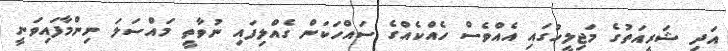
އަދި ޝަރީއަތުގެ މަޖިލީހުގައި އެއްވެސް ހެއްކެއްގެ ސައްހަކަން ގެއްލިފައި ނުވާތީ މައްސަލަ ނިންމާފައިވަނީ